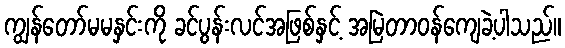
ကျွန်တော်မမနှင်းကို ခင်ပွန်းလင်အဖြစ်နှင့် အမြဲတာဝန်ကျေခဲ့ပါသည်။